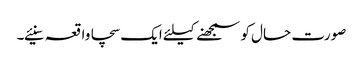
صورت حال کو سمجھنے کیلئے ایک سچا واقعہ سنیئے۔